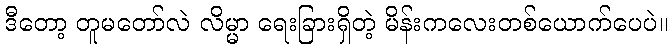
ဒီတော့ တူမတော်လဲ လိမ္မာ ရေးခြားရှိတဲ့ မိန်းကလေးတစ်ယောက်ပေပဲ။